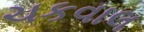
ચકવાલ